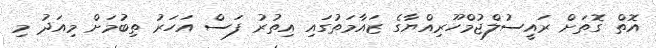
އޮތް ގޮތަށް ރައީސުލްޖުމްހޫރިއްޔާގެ ޒައާމަތުގައި އިތުރު ފަސް އަހަރު ތިބުމަށް މިއަދު މި